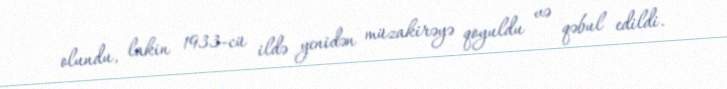
olundu, lakin 1933-cü ildə yenidən müzakirəyə qoyuldu və qəbul edildi.